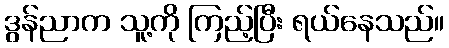
ဒွန်ညာက သူ့ကို ကြည့်ပြီး ရယ်နေသည်။